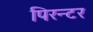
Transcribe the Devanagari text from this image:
पिरन्टर